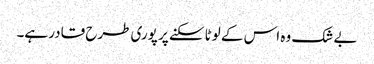
بے شک وہ اس کے لوٹا سکنے پر پوری طرح قادر ہے۔